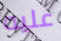
عليه